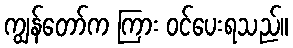
ကျွန်တော်က ကြား ဝင်ပေးရသည်။